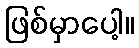
ဖြစ်မှာပေါ့။